Lunatic asylums Punjab 1911-1921 - 1911-1921
Year: 1911
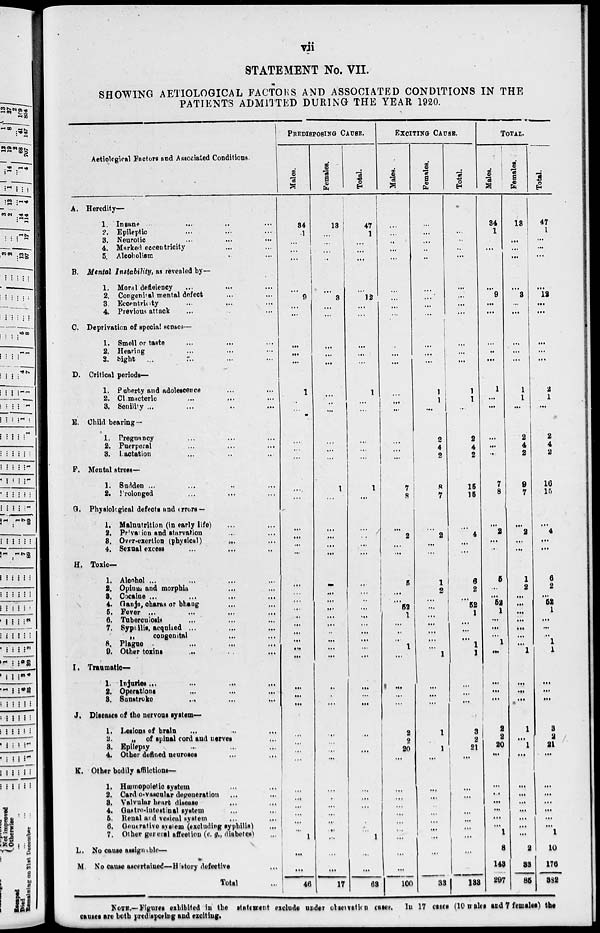
vii
STATEMENT No. VII.
SHOWING AETIOLOGICAL FACTORS AND ASSOCIATED CONDITIONS IN THE
PATIENTS ADMITTED DURING THE YEAR 1920.
Aetiological Factors and Associated Conditions.
A. Heredity—
1. Insane
...
...
...
...
2. Epileptic ... ... ...
3. Neurotic ... ... ...
4. Marked eccentricity ... ...
5. Alcoholism ... ... ...
B. Mental Instability, as revealed by—
1. Moral deficiency ... ... ...
2. Congenital mental defect ... ...
3. Eccentricity
...
...
...
4. Previous attack ... ... ...
C. Deprivation of special senses—
1. Smell or taste
...
...
...
2. Hearing ... ... ...
3. Sight ... ... ...
D. Critical periods—
1. Puberty and adolescence ... ...
2. Climacteric ... ... ...
3. Senility ... ... ...
E. Child bearing—
1. Preguancy ... ... ...
2. Puerperal ... ... ...
3. Lactation ... ... ...
F. Mental stress—
1. Sudden ... ... ...
2. Prolonged ... ... ...
G. Physiological defects and errors —
1. Malnutrition (in early life) ... ...
2. Privation and starvation ... ...
3. Over-exertion (physical) ... ...
4. Sexual excess ... ... ...
H. Toxic—
1. Alcohol ...
...
...
...
2. Opium and morphia ... ...
3. Cocaine ... ... ...
4. Ganja, charas or bhang ... ...
5. Fever
...
...
...
6. Tuberculesis ... ... ...
7. Syphilis, acquired
...
...
...
congenital ... ...
8. Plague
...
...
...
9. Other toxins ... ... ...
I. Traumatic—
1.
Injuries
...
...
...
2. Operations ... ... ...
3. Sunstroke ... ... ...
J. Diseases of the nervous system—
1. Lesions of brain ... ... ...
2.
„
of spinal cord and nerves ... ...
3. Epllepsy ... ... ...
4. Other defined neuroses ... ...
K. Other bodily afflictions—
1. Hæmopoletic system ... ... ...
2. Cardio-vascular degeneration ... ...
3. Valvular hearr disease ... ... ...
4. Gastro-intestinal system ... ... ...
5. Renal and vesical system ... ...
6. Generative system (excluding syphilis) ...
7. Other general affection (e. g., diabetes) ...
L. No cause assignable—
M No cause ascertained—History defective ...
Total ...
PREDISPOSING CAUSE.
Males.
34
1
...
...
...
...
9
...
.....
...
...
...
1
...
...
...
...
...
...
...
...
...
...
...
...
...
...
...
...
...
...
...
...
...
...
...
...
...
...
...
...
...
...
...
...
...
...
...
...
...
46
Females.
13
...
...
...
...
...
3
...
...
...
...
...
...
...
...
...
...
...
1
...
...
...
...
...
...
...
...
...
...
...
...
...
...
...
...
...
...
...
...
...
...
...
...
...
...
...
...
...
...
...
17
Total.
47
1
...
...
...
...
12
...
...
...
...
...
1
...
...
...
...
...
1
...
...
...
...
...
...
...
...
...
...
...
...
...
...
...
...
...
...
...
...
...
...
...
...
...
...
...
...
...
...
...
68
EXCITING CAUSE.
Males.
...
...
...
...
...
...
...
...
...
...
...
...
...
...
...
...
...
...
7
8
...
2
...
.....
5
...
...
52
1
...
...
...
1
1
...
...
.....
2
2
20
...
...
...
...
...
...
...
...
...
...
100
Females.
...
...
...
...
...
...
...
...
...
...
...
...
1
1
...
2
4
2
8
7
...
2
...
...
1
2
...
...
...
...
...
...
...
...
...
...
...
1
1
1
...
...
...
...
...
...
...
...
...
...
33
Total.
...
...
...
...
...
...
...
...
...
...
...
...
1
1
...
2
4
2
15
15
4
...
...
6
2
...
52
1
...
...
...
1
1
...
.....
...
3
2
21
...
...
...
...
...
...
...
...
...
...
133
TOTAL.
Males.
34
1
...
...
...
...
9
...
...
...
...
...
1
...
...
...
...
...
7
8
...
2
...
...
5
...
...
52
1
...
...
...
1
...
...
...
...
2
2
20
...
...
...
...
...
...
...
1
8
143
297
Females.
13
...
...
...
...
...
3
...
...
...
...
...
1
1
...
2
4
2
9
7
...
2
...
...
1
2
...
...
...
...
...
...
...
1
...
...
...
1
...
1
...
...
...
...
...
...
...
...
2
33
35
Total.
47
1
...
...
...
...
12
...
...
...
...
...
2
1
...
2
4
2
16
15
...
4
...
...
6
2
...
52
1
...
...
...
1
1
...
...
...
3
2
21
...
...
...
...
...
...
...
1
10
176
382
NOTE.—Figures exhibited in the statement exclude under observation cases. In 17 cases (10 males and 7 females) the
causes are both predisposing and exciting.